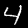
Label: 4